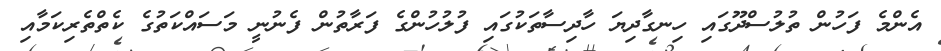
އެންމެ ފަހުން ތުލުސްދޫގައި ހިނގާދިޔަ ހާދިސާތަކުގައި ފުލުހުންގެ ފަރާތުން ފެނުނީ މަސައްކަތުގެ ކެތްތެރިކަމާއި